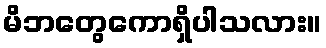
မိဘတွေကောရှိပါသလား။